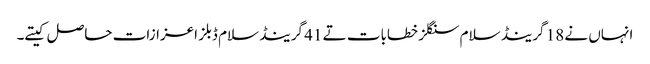
انہاں نے 18 گرینڈ سلام سنگلز خطابات تے 41 گرینڈ سلام ڈبلز اعزازات حاصل کیتے۔